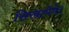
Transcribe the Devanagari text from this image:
सिखायेंगे।